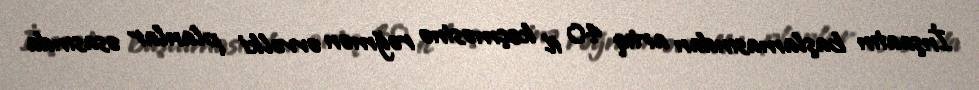
İnşaatın başlamasından artıq 40 il keçməsinə rəğmən əvvəlki planlar əsasında